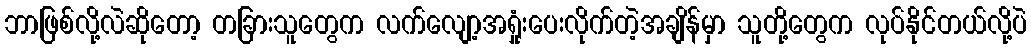
ဘာဖြစ်လို့လဲဆိုတော့ တခြားသူတွေက လက်လျော့အရှုံးပေးလိုက်တဲ့အချိန်မှာ သူတို့တွေက လုပ်နိုင်တယ်လို့ပဲ